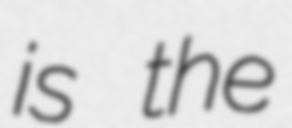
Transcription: is the